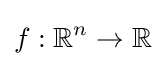
f:\mathbb {R} ^{n}\rightarrow \mathbb {R}